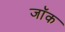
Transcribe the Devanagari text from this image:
जाॅक